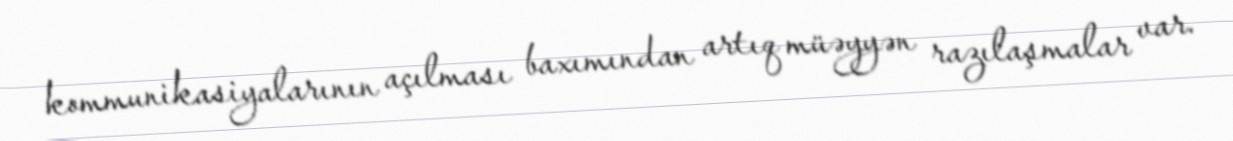
kommunikasiyalarının açılması baxımından artıq müəyyən razılaşmalar var.